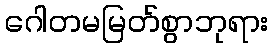
ဂေါတမမြတ်စွာဘုရား